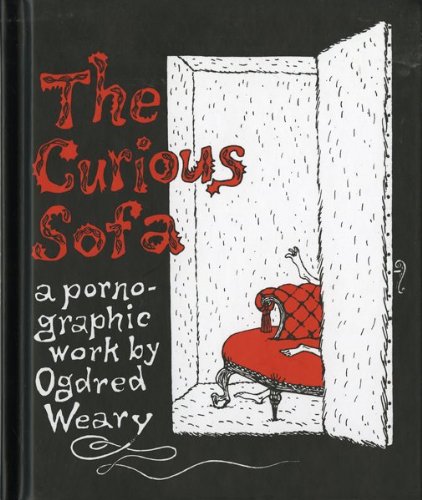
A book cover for The Curious Sofa: A Pornographic Work by Ogdred Weary; Ogdred Weary; Comics & Graphic Novels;